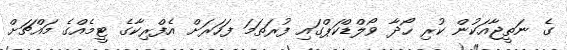
ގެ ނަތީޖާއަކުން ކުރި ހޯދާ ވޯލްޑްކަޕްގައި ފުރަތަމަ ފަހަރަށް އެފްރިކާގެ ޓީމެއްގެ މައްޗަށް